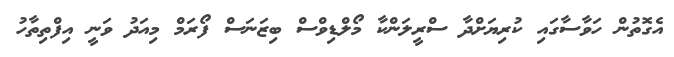
އެގޮތުން ހަވާސާގައި ކުރިޔަށްދާ ސްރީލަންކާ މޯލްޑިވްސް ބިޒަނަސް ފޯރަމް މިއަދު ވަނީ އިފްތިތާހު